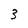
Character: 3